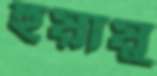
হুয়ায়ু